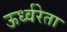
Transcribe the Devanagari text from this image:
ऊर्ध्वरेता